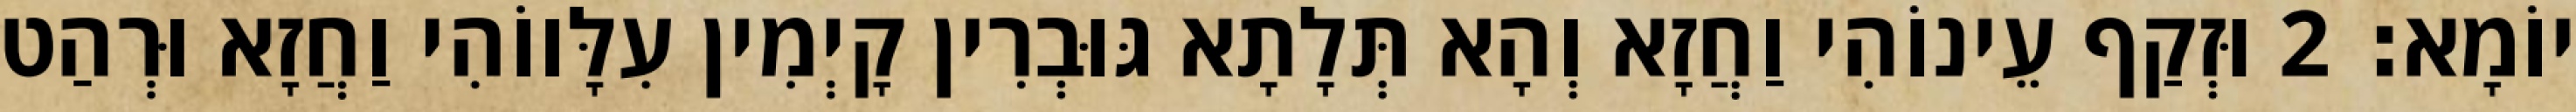
יוֹמָא׃ 2 וּזְקַף עֵינוֹהִי וַחֲזָא וְהָא תְּלָתָא גּוּבְרִין קָיְמִין עִלָּווֹהִי וַחֲזָא וּרְהַט